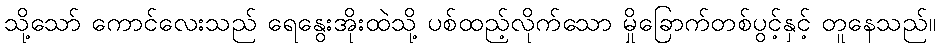
သို့သော် ကောင်လေးသည် ရေနွေးအိုးထဲသို့ ပစ်ထည့်လိုက်သော မှိုခြောက်တစ်ပွင့်နှင့် တူနေသည်။